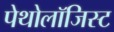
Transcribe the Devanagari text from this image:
पेथोलॉजिस्ट